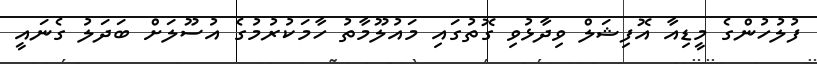
ފުލުހުންގެ މީޑިއާ އޮފިޝަލް ވިދާޅުވި ގޮތުގައި މައުލޫމާތު ހާމަކުރުމުގެ އުސޫލަށް ބަދަލު ގެނައީ